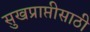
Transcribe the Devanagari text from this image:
सुखप्राप्तीसाठी